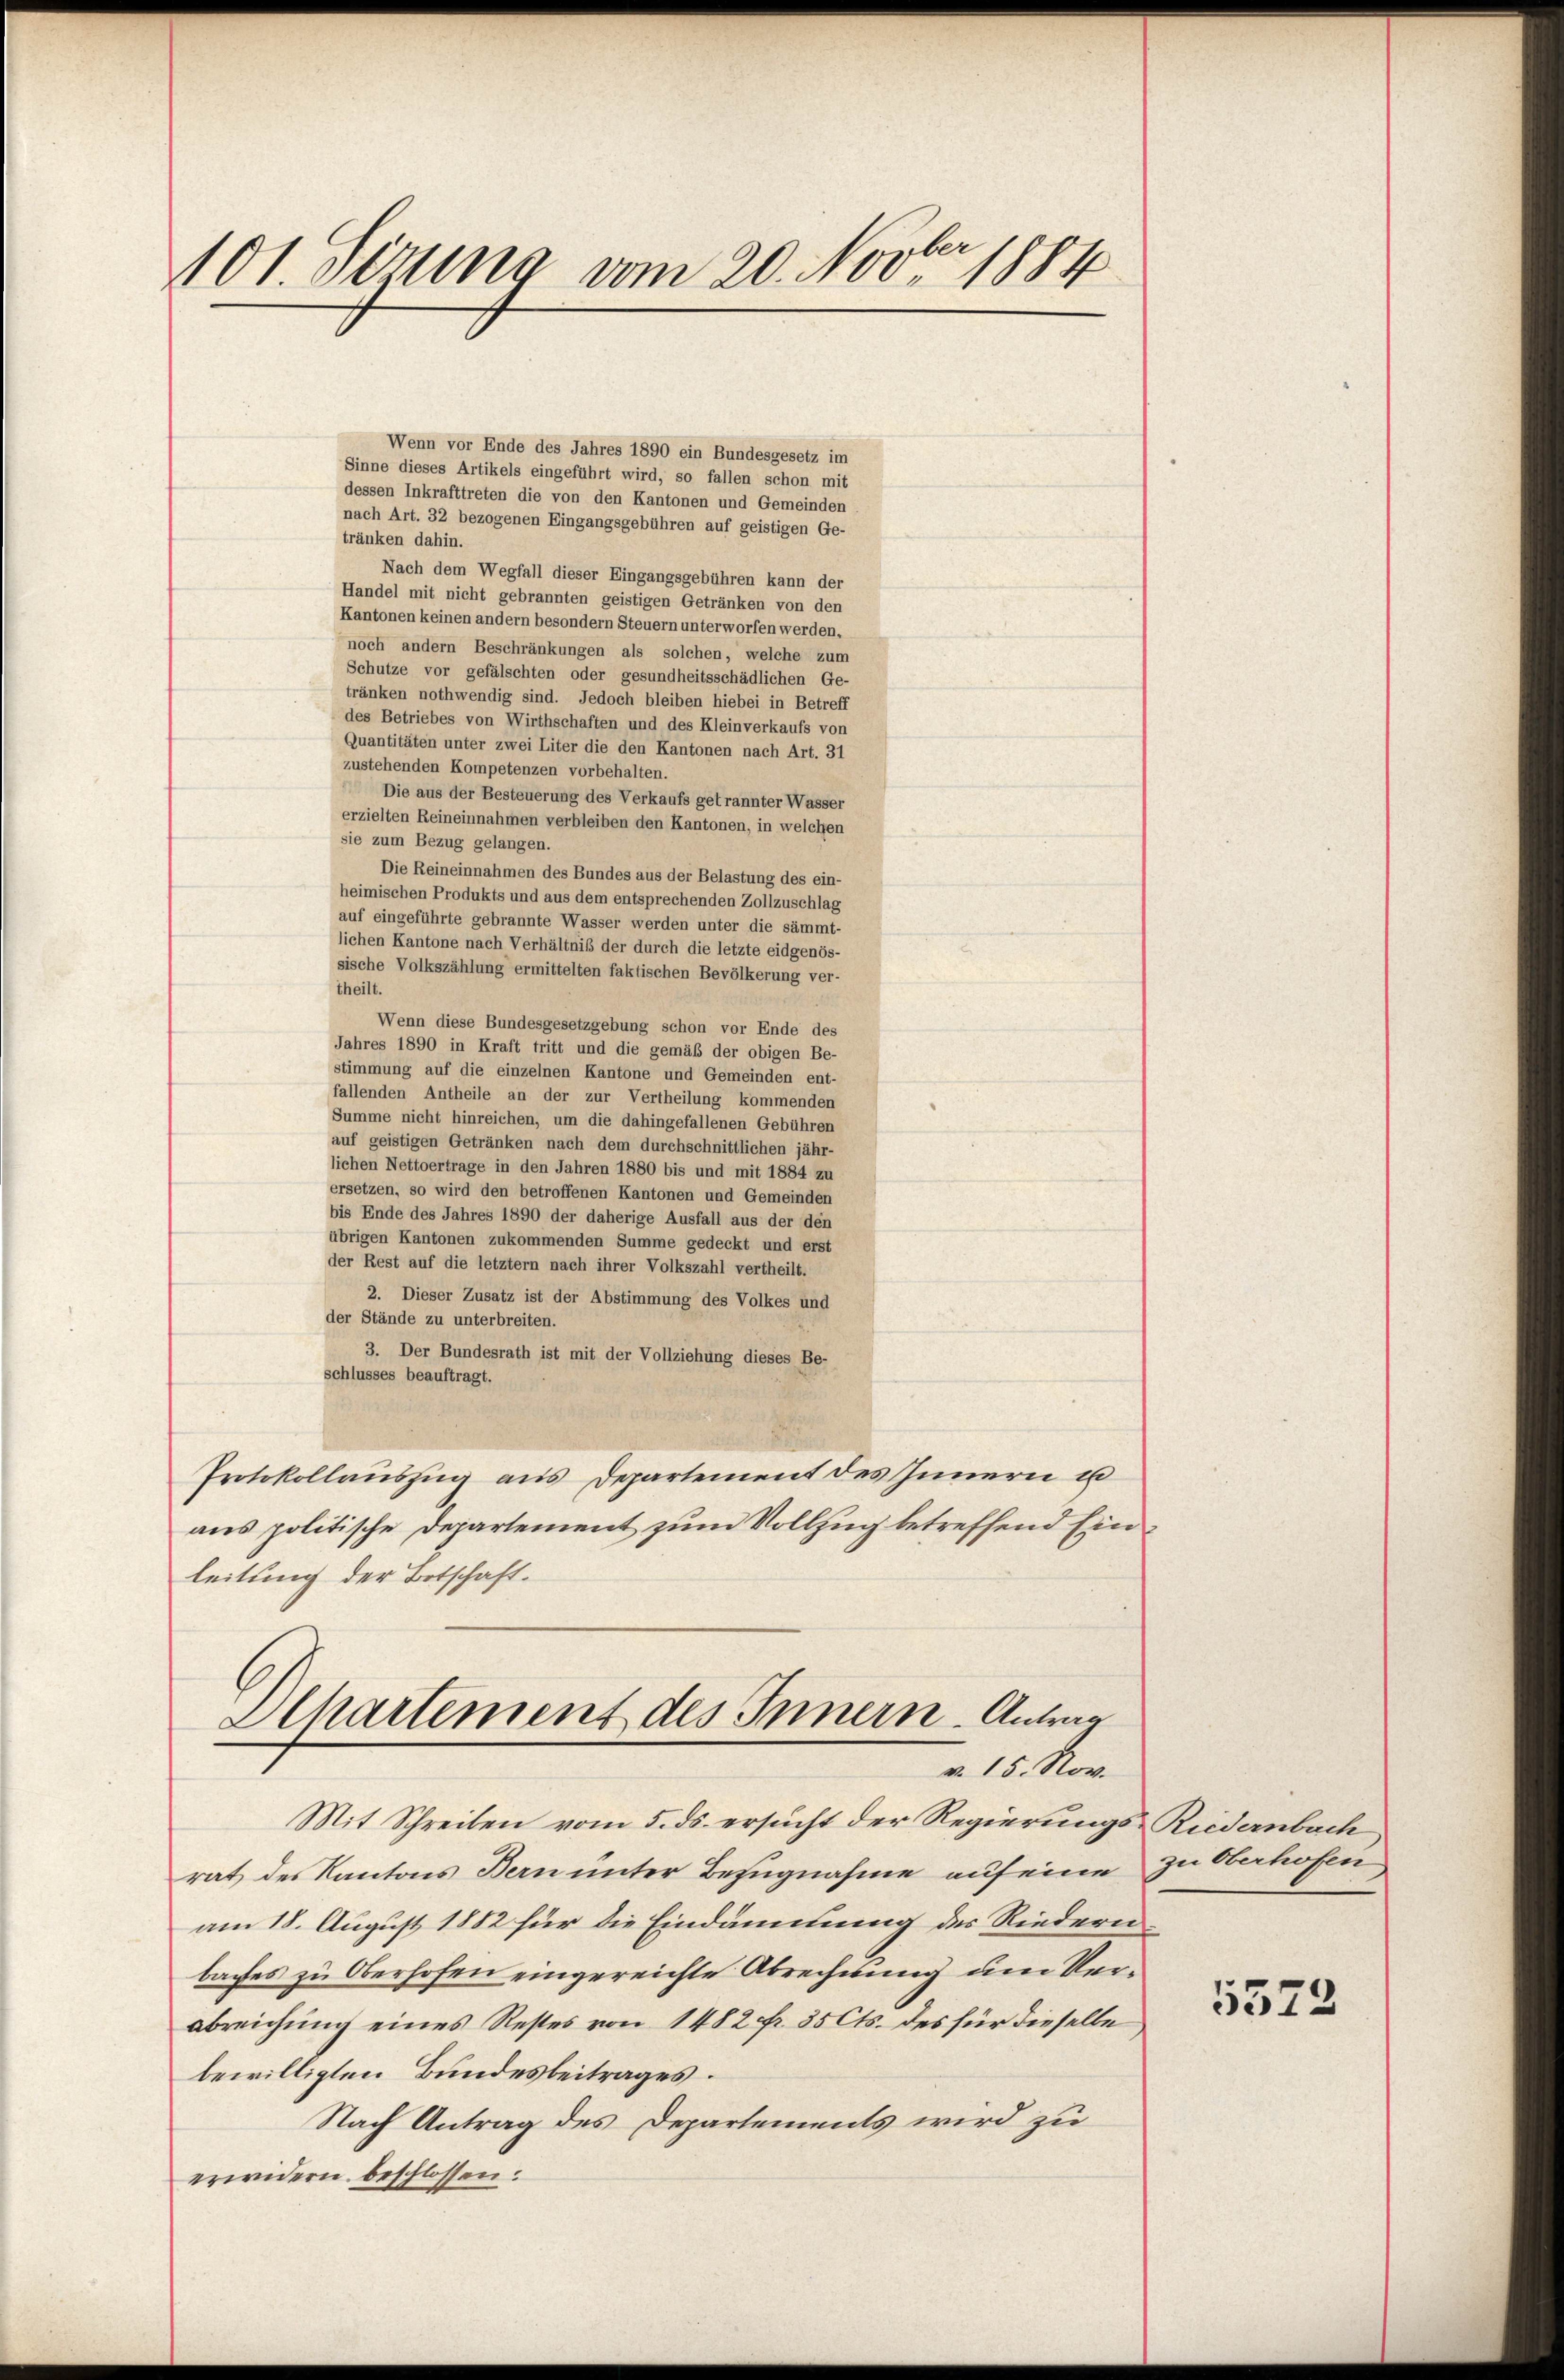
101. Sezung vom 20. Novbr. 1884

Wenn vor Ende des Jahres 1890 ein Bundesgesetz im
Sinne dieses Artikels eingeführt wird, so fallen schon mit
dessen Inkrafttreten die von den Kantonen und Gemeinden
nach Art. 32 bezogenen Eingangsgebühren auf geistigen Ge-
tränken dahin.
Nach dem Wegfall dieser Eingangsgebühren kann der
Handel mit nicht gebrannten geistigen Getränken von den
Kantonen keinen andern besondern Steuern unterworfen werden,
noch andern Beschränkungen als solchen, welche zum
Schutze vor gefälschten oder gesundheitsschädlichen Ge-
tränken nothwendig sind. Jedoch bleiben hiebei in Betreff
des Betriebes von Wirthschaften und des Kleinverkaufs von
Quantitäten unter zwei Liter die den Kantonen nach Art. 31
zustehenden Kompetenzen vorbehalten.
Die aus der Besteuerung des Verkaufs getrannter Wasser
erzielten Reineinnahmen verbleiben den Kantonen, in welchen
sie zum Bezug gelangen.
Die Reineinnahmen des Bundes aus der Belastung des ein-
heimischen Produkts und aus dem entsprechenden Zollzuschlag
auf eingeführte gebrannte Wasser werden unter die sämmt-
lichen Kantone nach Verhältniß der durch die letzte eidgenös-
sische Volkszählung ermittelten faktischen Bevölkerung ver-
theilt.
Wenn diese Bundesgesetzgebung schon vor Ende des
Jahres 1890 in Kraft tritt und die gemäß der obigen Be-
stimmung auf die einzelnen Kantone und Gemeinden ent-
fallenden Antheile an der zur Vertheilung kommenden
Summe nicht hinreichen, um die dahingefallenen Gebühren
auf geistigen Getränken nach dem durchschnittlichen jähr-
lichen Nettoertrage in den Jahren 1880 bis und mit 1884 zu
ersetzen, so wird den betroffenen Kantonen und Gemeinden
bis Ende des Jahres 1890 der daherige Ausfall aus der den
übrigen Kantonen zukommenden Summe gedeckt und erst
der Rest auf die letztem nach ihrer Volkszahl vertheilt.
2. Dieser Zusatz ist der Abstimmung des Volkes und
der Stände zu unterbreiten.
3. Der Bundesrath ist mit der Vollziehung dieses Be-
schlusses beauftragt.
Protokollauszug aus Departement des Innern u
aus politische Departement zum Vollzug betreffend Einleitung der Botschaft.
Ahartement des Innern Antrag
v. 15. Nov.
Mit Schreiben vom 5. ds. ersucht der Regierungs-Riedernbach
rat des Kantons Bern unter Bezugnahme auf eine
am 18. August 1882 für die Eindämmung des Riedernbaches zu Oberhofen eingereichte Abrechnung um Verabreichung eines Restes von 1482 fr. 35 Cts. des für dieselbe
bewilligten Bundesbeitrages.
Nach Antrag des Departements wird zu
erwidern beschlossen:

zu Oberhofen

5573